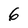
Character: 6